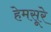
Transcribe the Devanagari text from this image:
हेमसूरे